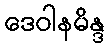
ဒေဝါနမိန္ဒ